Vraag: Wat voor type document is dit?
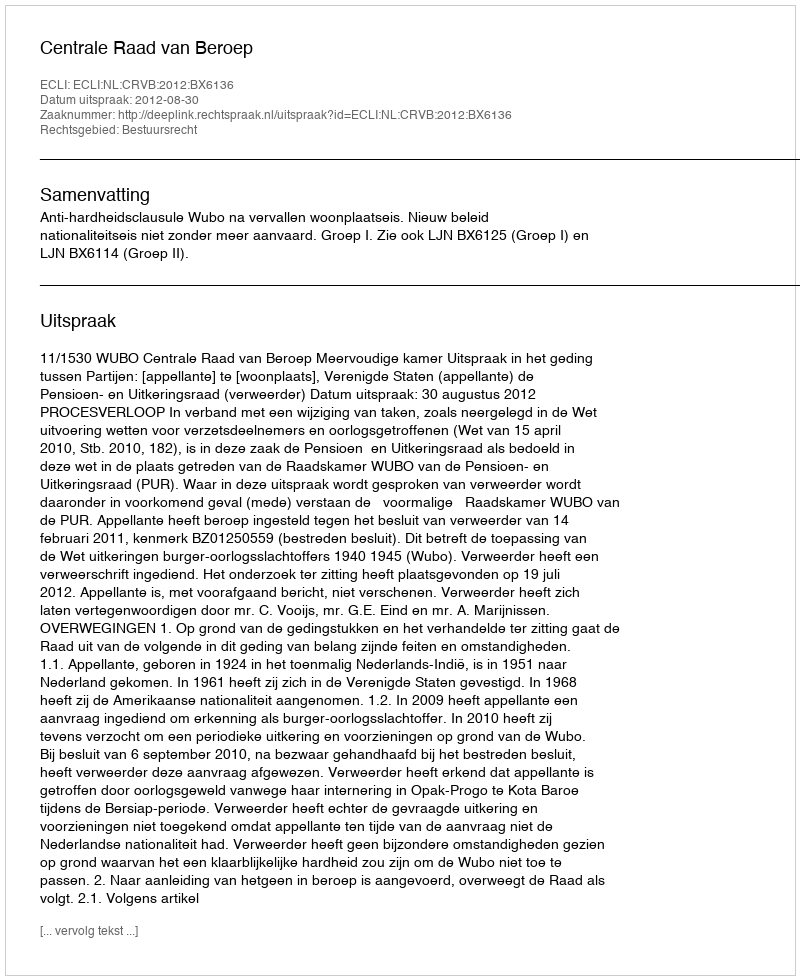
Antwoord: Uitspraak